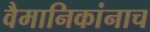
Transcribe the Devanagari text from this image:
वैमानिकांनाच